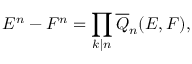
E ^ { n } - F ^ { n } = \prod _ { k \mid n } { \overline { { Q } } } _ { n } ( E , F ) ,